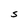
Character: S